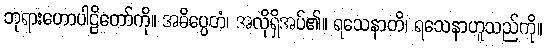
ဘုရားဟောပါဠိတော်ကို။ အဓိပ္ပေတံ၊ အလိုရှိအပ်၏။ ရသေနာတိ၊ ရသေနာဟူသည်ကို။